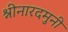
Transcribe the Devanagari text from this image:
श्नीनारदमुनी